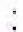
: